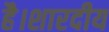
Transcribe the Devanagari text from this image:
है।शारदीय